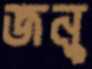
জনু